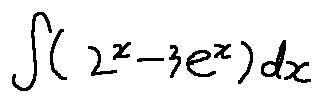
\int ( 2 ^ { x } - 3 e ^ { x } ) d x